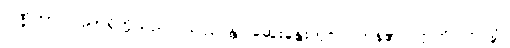
ပဏ္ဍိတာ၊ ပညာရှိတို့သည်။ သလ္လပန္တိ၊ ဆွေးနွေးတိုင်ပင်ကုန်၏။ ဣတိ၊ ဤသို့။